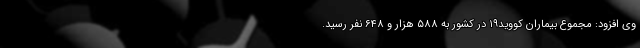
وی افزود: مجموع بیماران کووید۱۹ در کشور به ۵۸۸ هزار و ۶۴۸ نفر رسید.